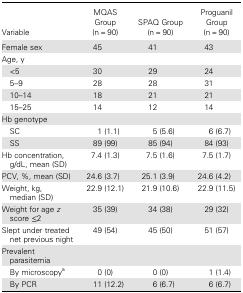
<table><thead><tr><td><b>Variable</b></td><td><b>MQAS Group (n = 90)</b></td><td><b>SPAQ Group (n = 90)</b></td><td><b>Proguanil Group (n = 90)</b></td></tr></thead><tbody><tr><td>Female sex</td><td>45</td><td>41</td><td>43</td></tr><tr><td colspan="4">Age, y</td></tr><tr><td> &lt;5</td><td>30</td><td>29</td><td>24</td></tr><tr><td> 5–9</td><td>28</td><td>28</td><td>31</td></tr><tr><td> 10–14</td><td>18</td><td>21</td><td>21</td></tr><tr><td> 15–25</td><td>14</td><td>12</td><td>14</td></tr><tr><td>Hb genotype</td><td></td><td></td><td></td></tr><tr><td> SC</td><td>1 (1.1)</td><td>5 (5.6)</td><td>6 (6.7)</td></tr><tr><td> SS</td><td>89 (99)</td><td>85 (94)</td><td>84 (93)</td></tr><tr><td>Hb concentration, g/dL, mean (SD)</td><td>7.4 (1.3)</td><td>7.5 (1.6)</td><td>7.5 (1.7)</td></tr><tr><td>PCV, %, mean (SD)</td><td>24.6 (3.7)</td><td>25.1 (3.9)</td><td>24.6 (4.2)</td></tr><tr><td>Weight, kg, median (SD)</td><td>22.9 (12.1)</td><td>21.9 (10.6)</td><td>22.9 (11.5)</td></tr><tr><td>Weight for age <i>z</i> score ≤2</td><td>35 (39)</td><td>34 (38)</td><td>29 (32)</td></tr><tr><td>Slept under treated net previous night</td><td>49 (54)</td><td>45 (50)</td><td>51 (57)</td></tr><tr><td>Prevalent parasitemia</td><td></td><td></td><td></td></tr><tr><td> By microscopy<sup>a</sup></td><td>0 (0)</td><td>0 (0)</td><td>1 (1.4)</td></tr><tr><td> By PCR</td><td>11 (12.2)</td><td>6 (6.7)</td><td>6 (6.7)</td></tr></tbody></table>